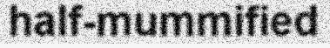
half-mummified